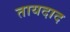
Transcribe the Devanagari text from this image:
तायदाद